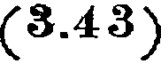
(3.43)